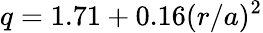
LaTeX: q=1.71+0.16(r/a)^{2}